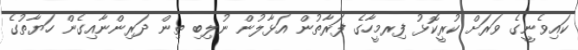
ކައިވެނީގެ ވަރަށް ކުރީކޮޅު ފިިރމީހާގެ ފަރާތުން އަޅާލުން ނުލިބި ތިން ދަރިންނާއިގެން ހަޔާތުގެ